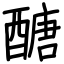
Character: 醣